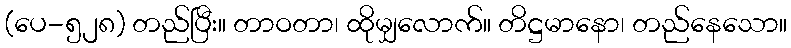
(ပေ-၅၂၈) တည်ပြီး။ တာဝတာ၊ ထိုမျှလောက်။ တိဋ္ဌမာနော၊ တည်နေသော။